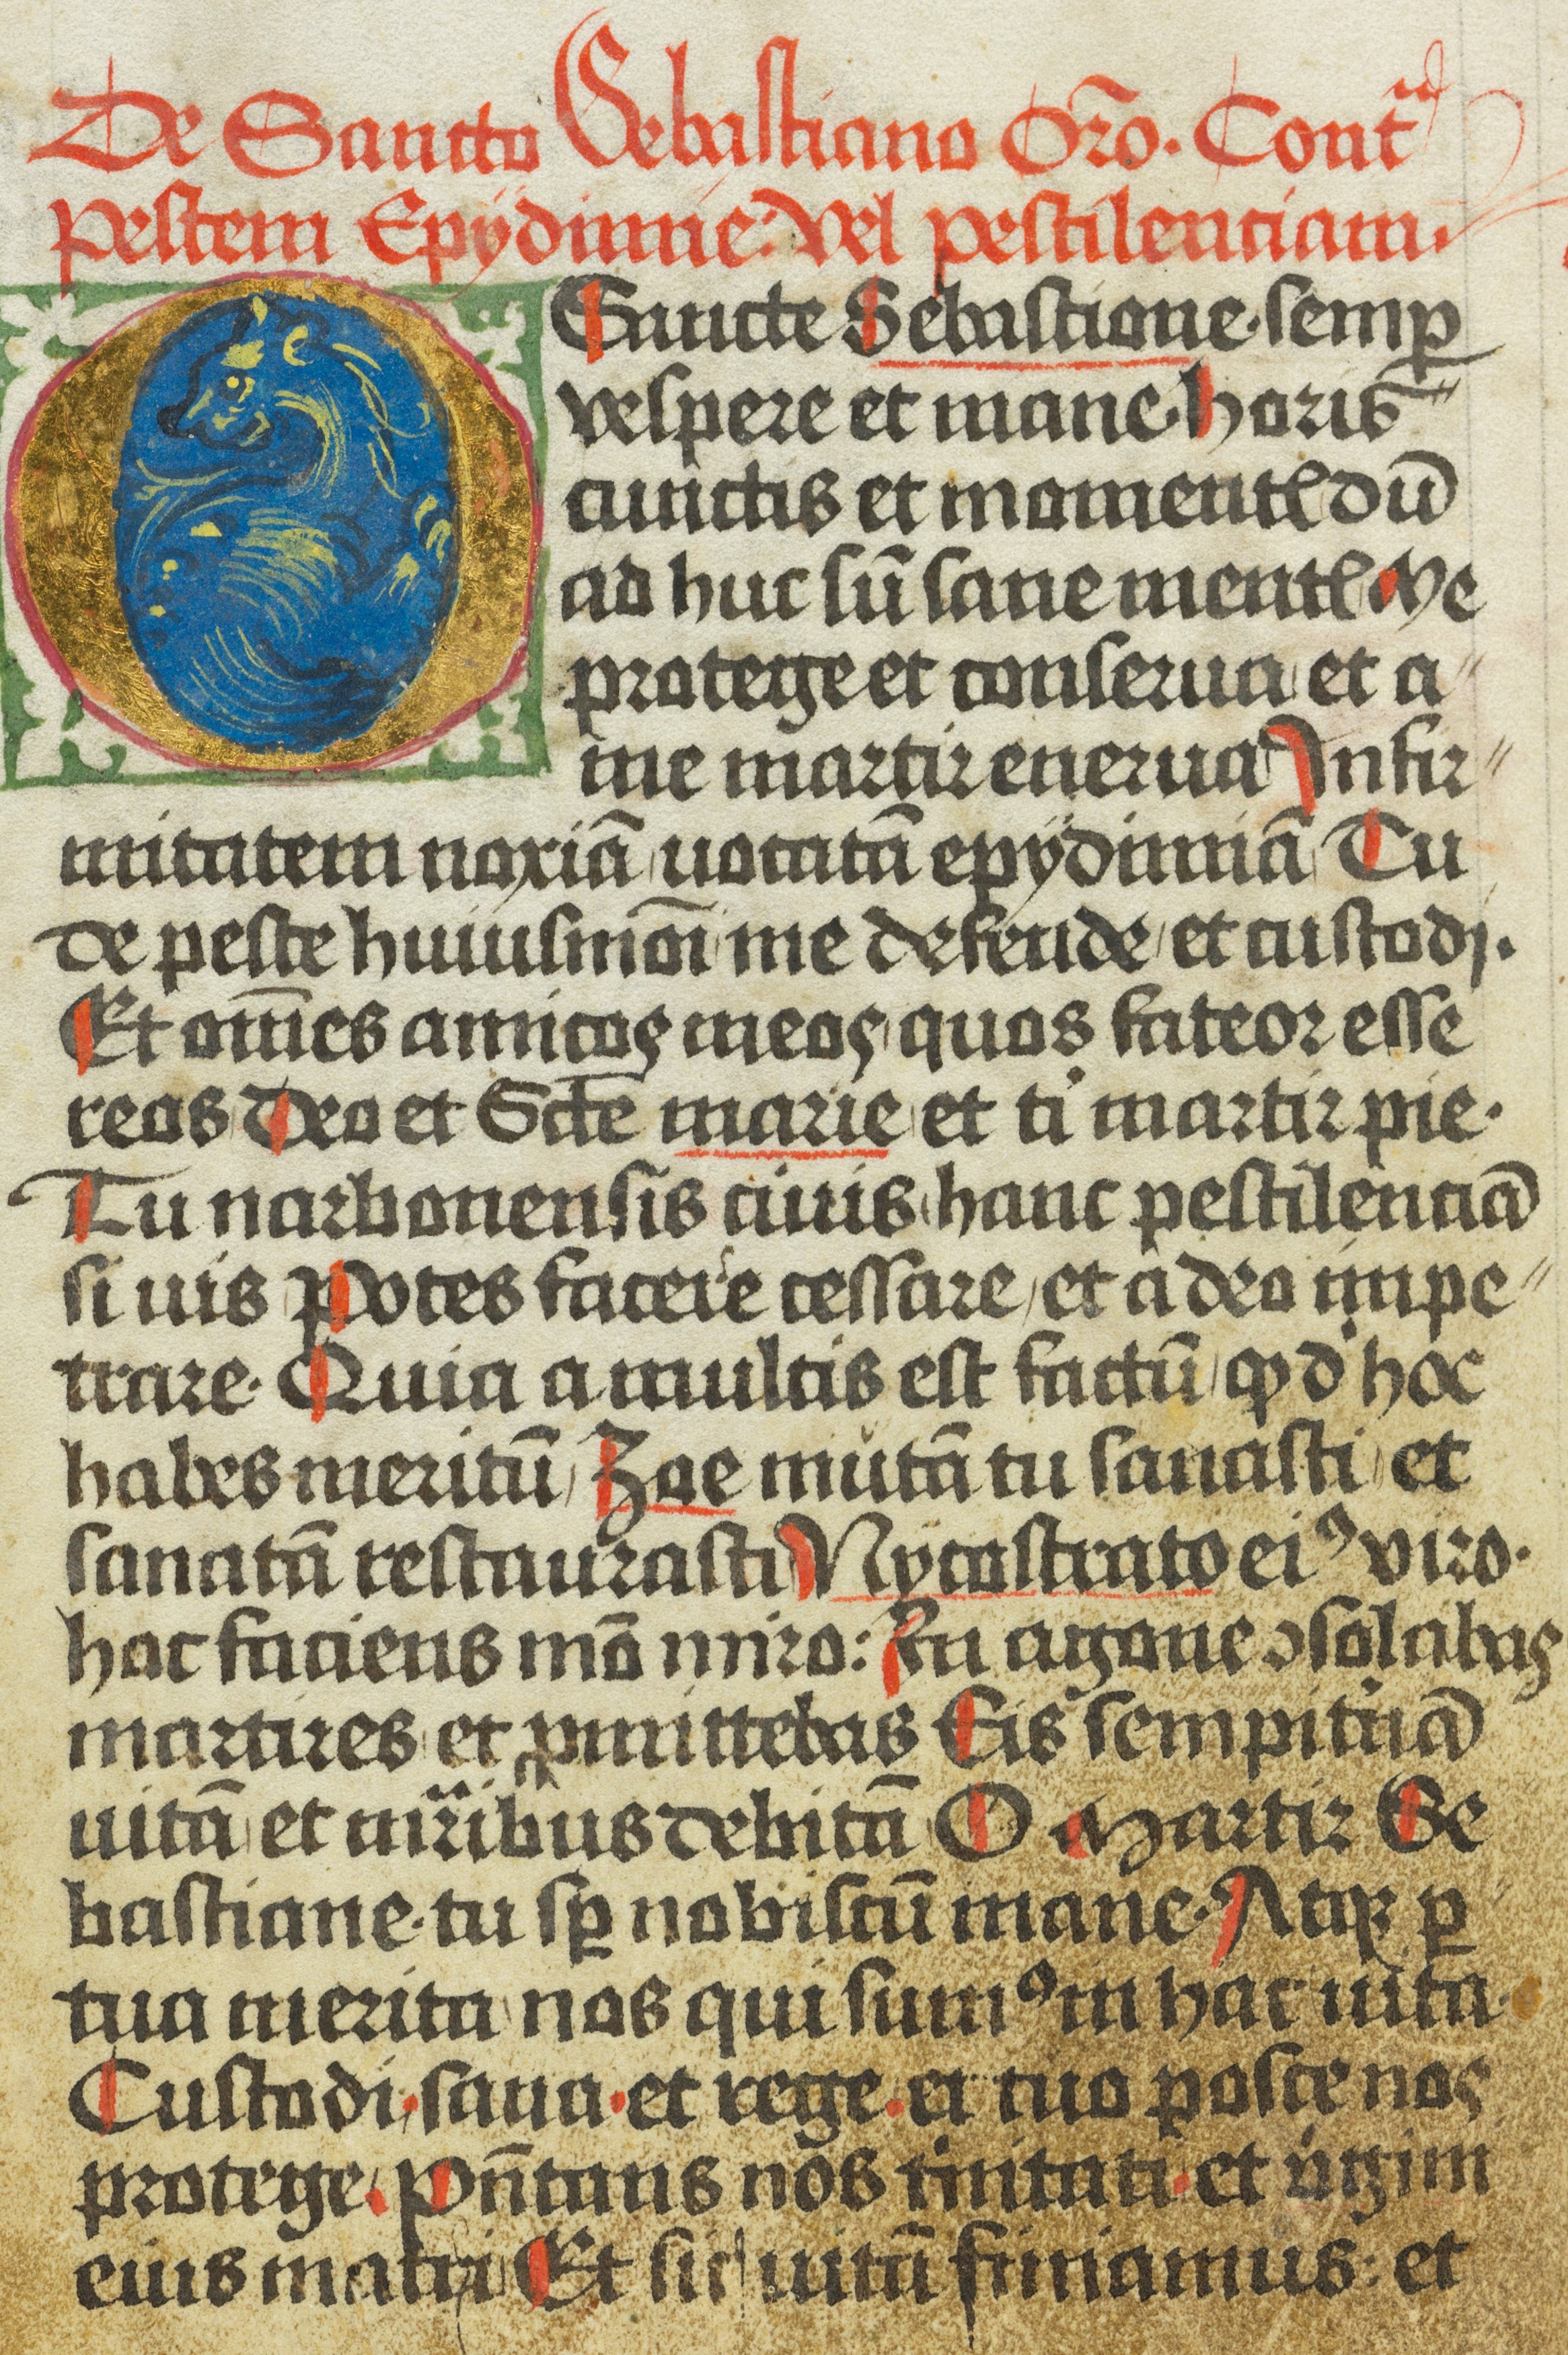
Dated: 1472–1472